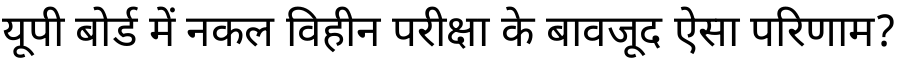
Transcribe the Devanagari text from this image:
यूपी बोर्ड में नकल विहीन परीक्षा के बावजूद ऐसा परिणाम?